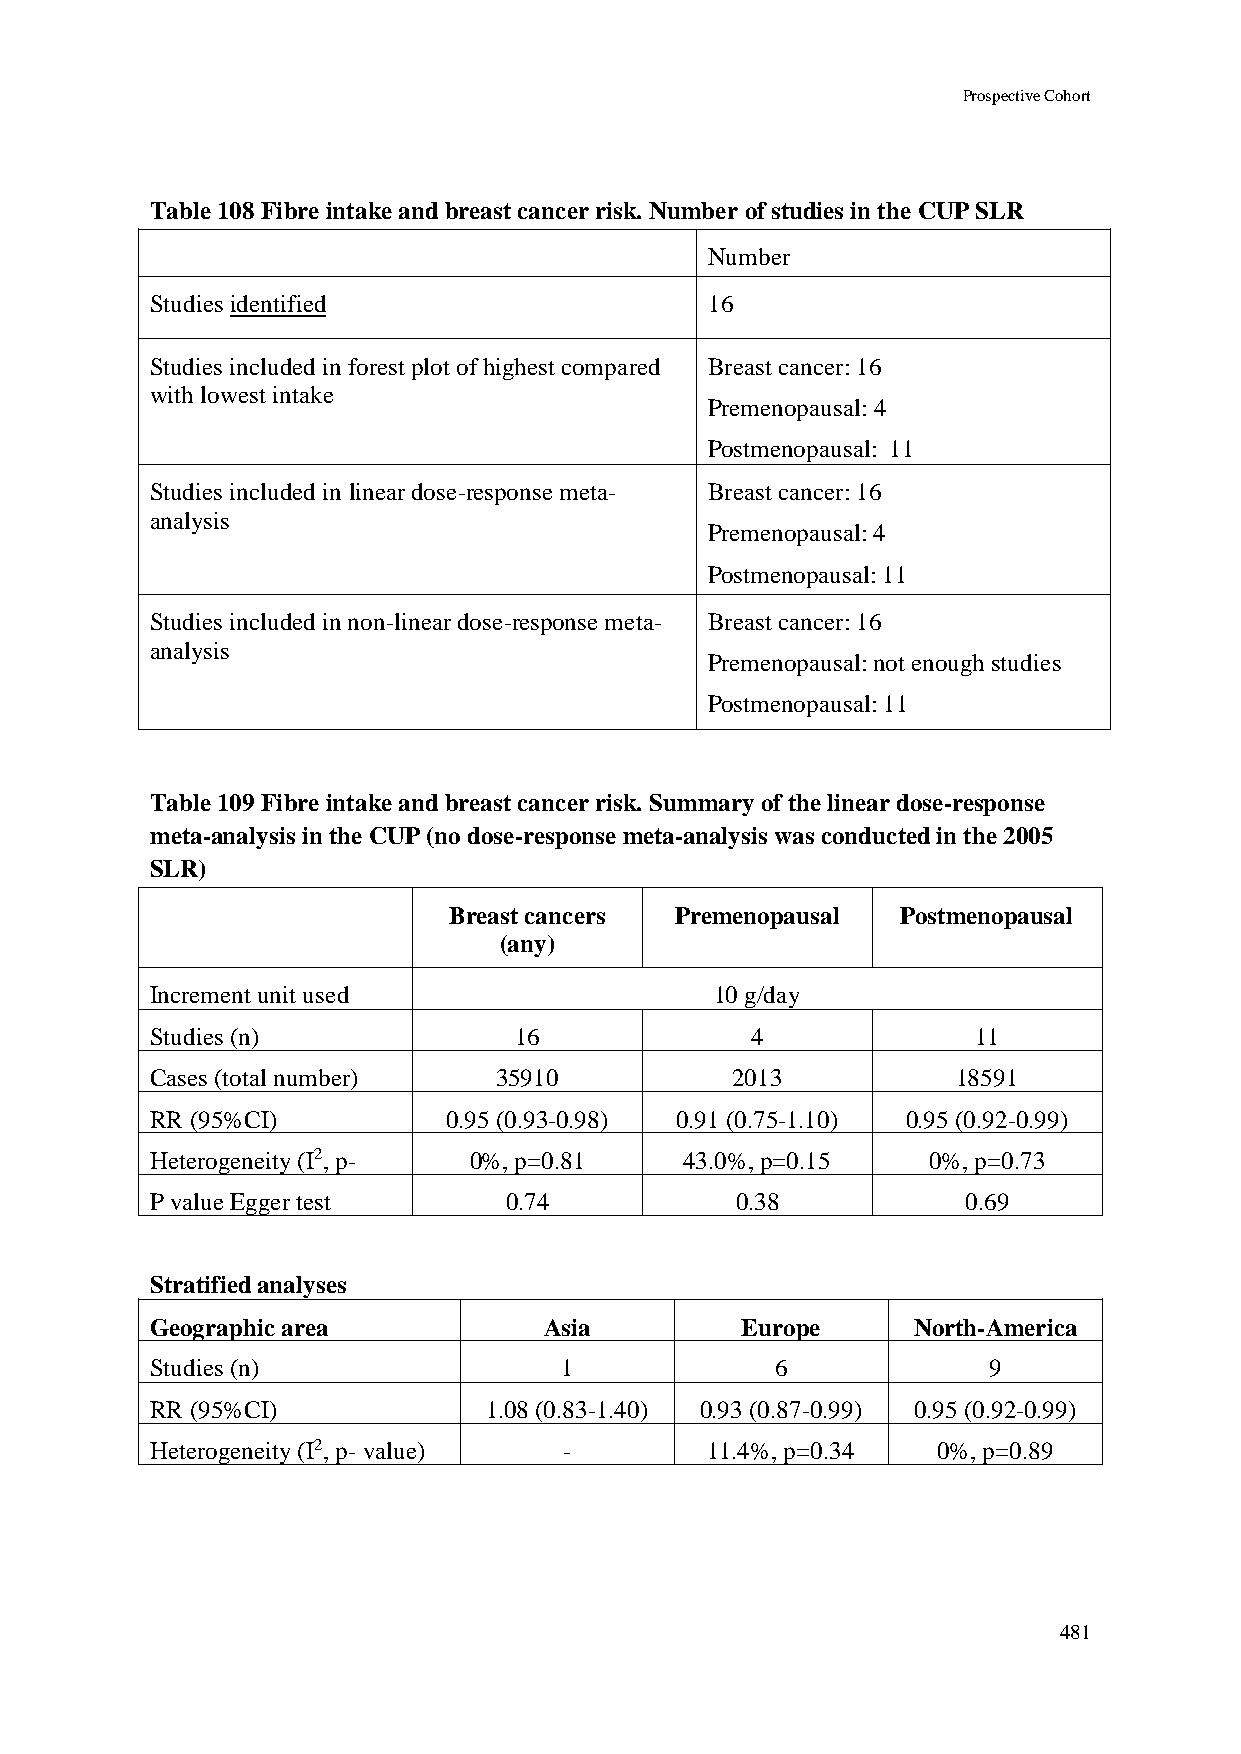
Prospective Cohort
 Table 108 Fibre intake and breast cancer risk. Number of studies in the CUP SLR
 Number
 Studies identified                   16
 Studies included in forest plot of highest compared Breast cancer: 16
 with lowest intake
 Premenopausal: 4
 Postmenopausal: 11
 Studies included in linear dose-response meta- Breast cancer: 16
 analysis
 Premenopausal: 4
 Postmenopausal: 11
 Studies included in non-linear dose-response meta- Breast cancer: 16
 analysis
 Premenopausal: not enough studies
 Postmenopausal: 11
 Table 109 Fibre intake and breast cancer risk. Summary of the linear dose-response
 meta-analysis in the CUP (no dose-response meta-analysis was conducted in the 2005
 SLR)
 Breast cancers Premenopausal  Postmenopausal
 (any)
 Increment unit used                  10 g/day
 Studies (n)             16              4             11
 Cases (total number)   35910          2013           18591
 RR (95%CI)          0.95 (0.93-0.98) 0.91 (0.75-1.10) 0.95 (0.92-0.99)
 Heterogeneity (I2, p- 0%, p=0.81   43.0%, p=0.15   0%, p=0.73
 value)
 P value Egger test     0.74            0.38           0.69
 Stratified analyses
 Geographic area           Asia         Europe     North-America
 Studies (n)                1             6             9
 RR (95%CI)            1.08 (0.83-1.40) 0.93 (0.87-0.99) 0.95 (0.92-0.99)
 Heterogeneity (I2, p- value) -       11.4%, p=0.34  0%, p=0.89
 481